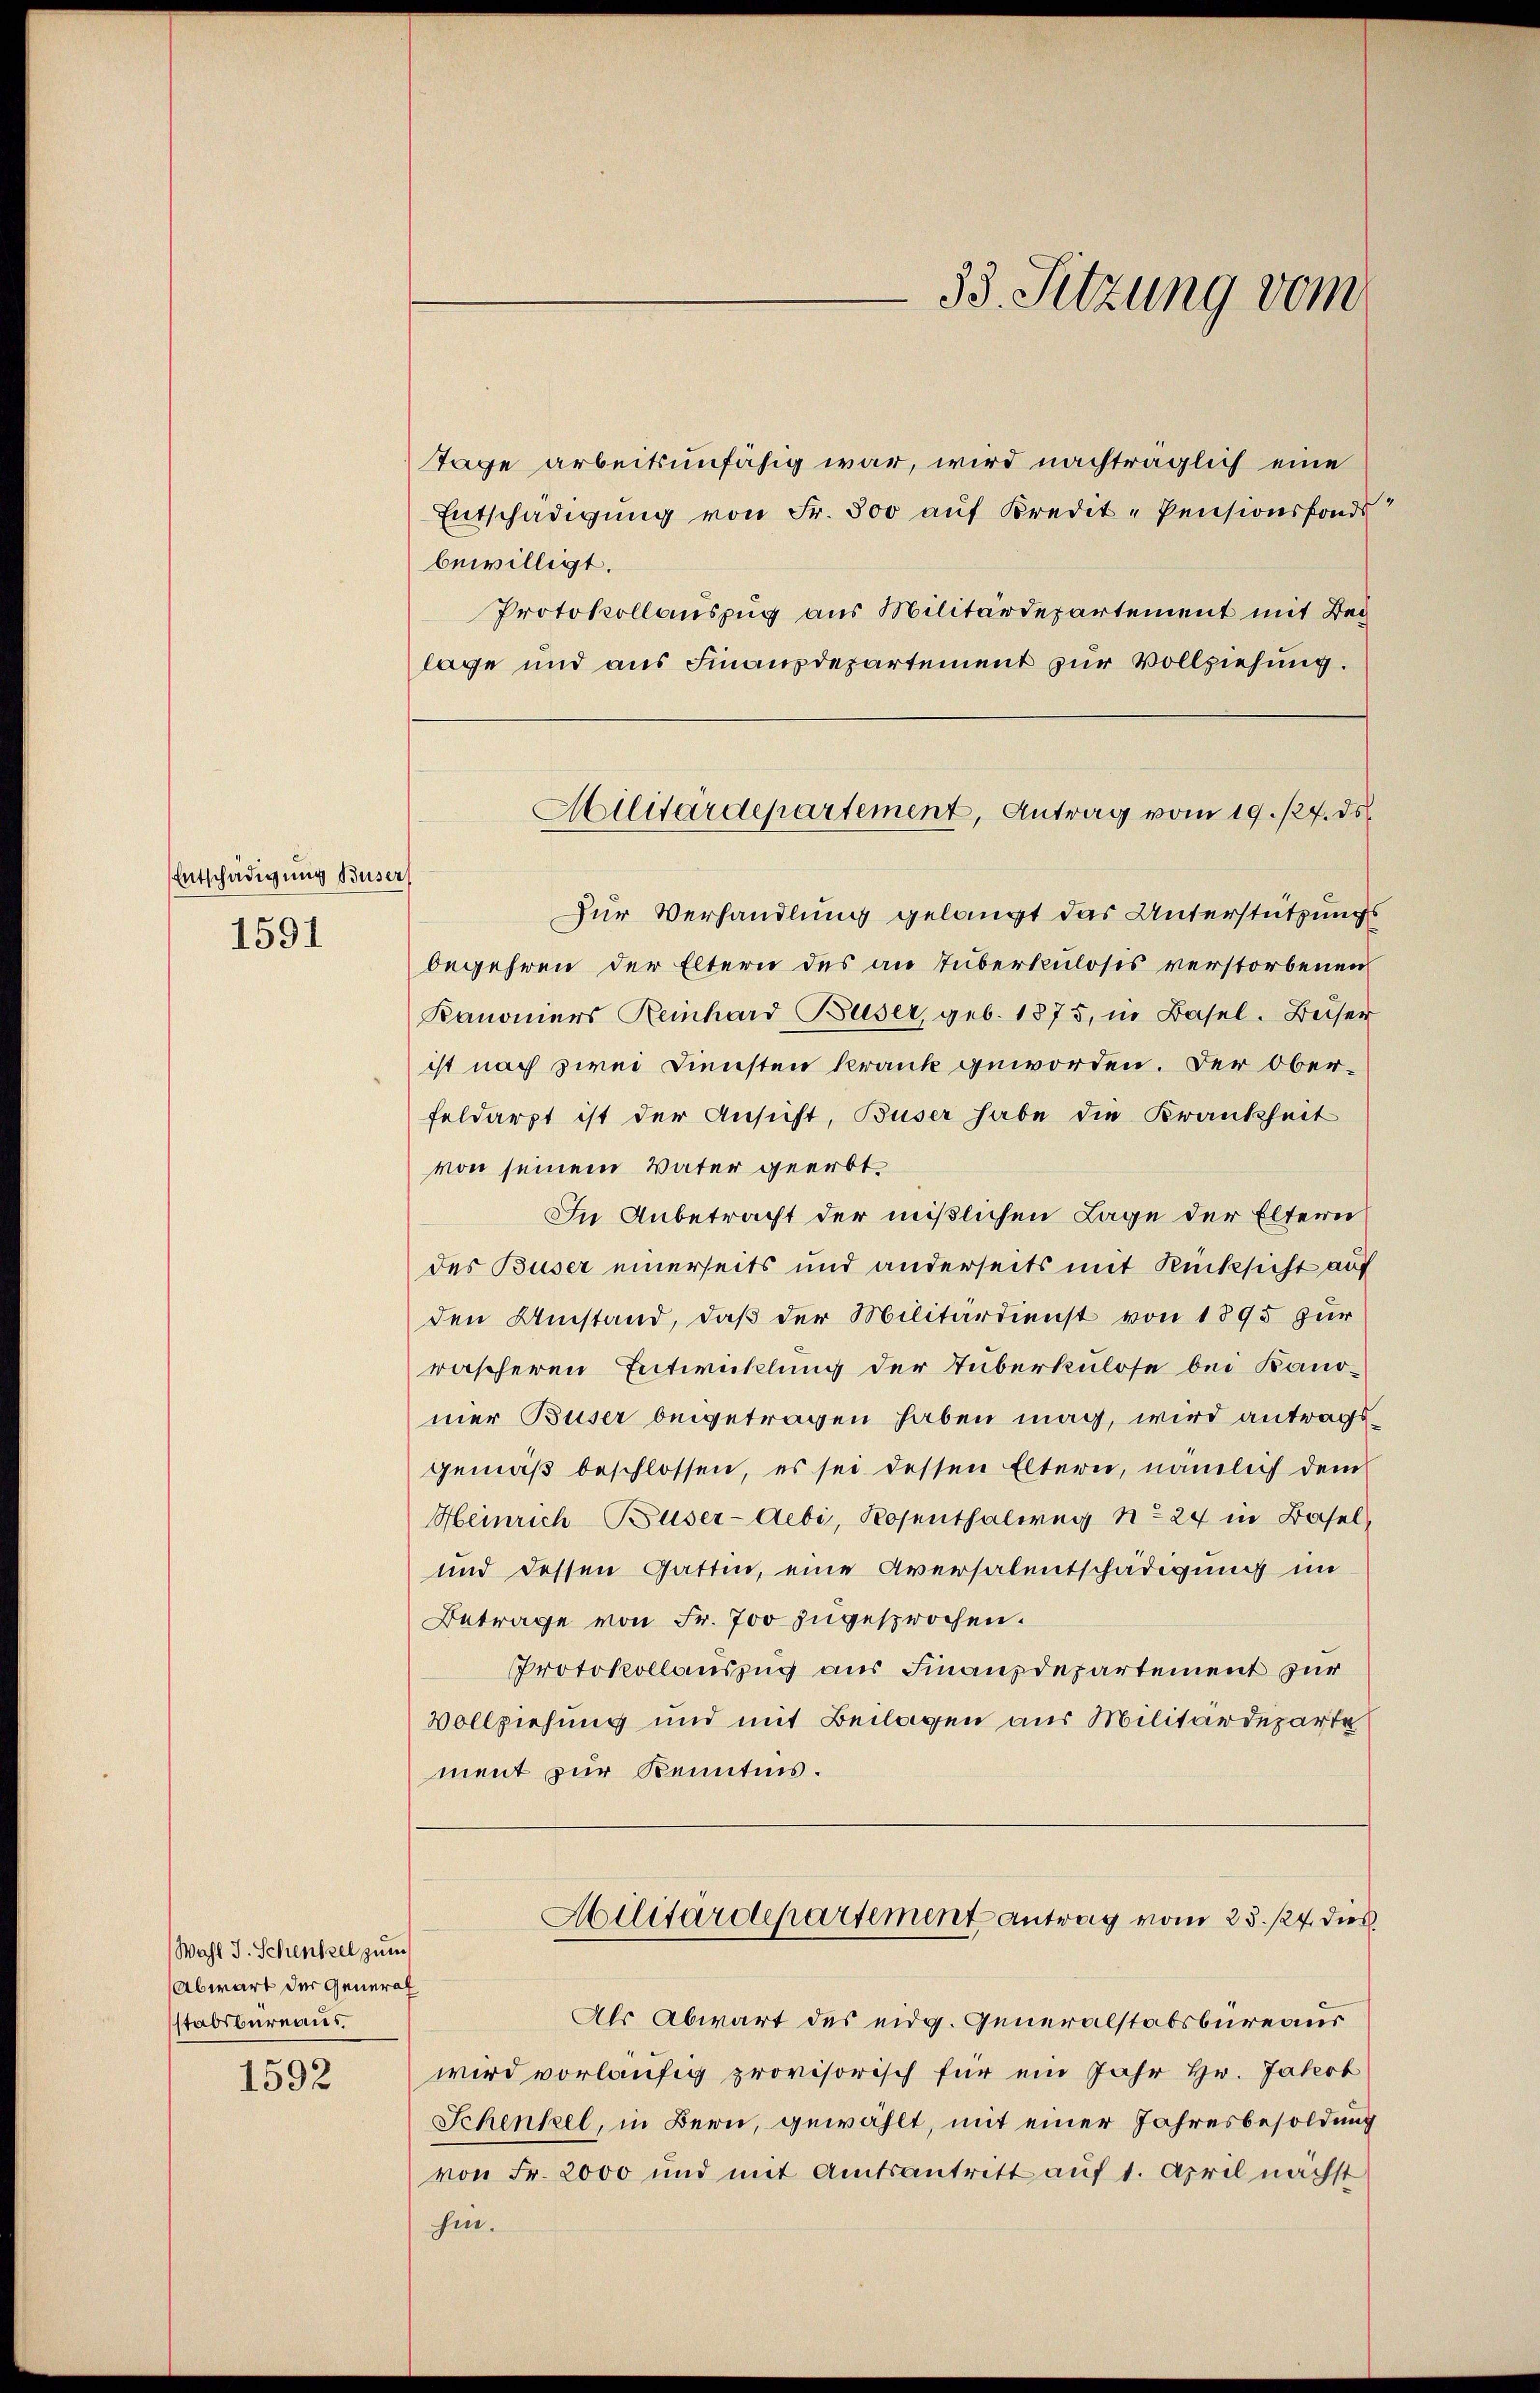
Entschädigung Buser

1591

1592

Tage arbeitsunfähig war, wird nachträglich eine
Entschädigung von Fr. 300 auf Kredit-Pensionsfonds
bewilligt.
Protokollauszug aus Militärdepartement mit Beg
lage und aus Finanzdepartement zur Vollziehung.

Wahl J. Schenkel zum
Abwart der General
stabsbereines

33. Sitzung vom

Zur Verhandlung gelangt das Unterstützungs
begehren der Eltern des an Tuberkuloses verstorbenen
Kanoniers Reinhard-Buser, geb. 1875, in Basel. Beiser
ist nach zwei Diensten krank geworden. Der Ober-
feldarzt ist der Ansicht, Buser habe die Krankheit
von seinem Vater geerbt
In Anbetracht der mißlichen Lage der Eltern
des Buser einerseits und anderseits mit Rücksicht auf
den Umstand, daß der Militärdienst von 1895 zur
wäscheren Entwicklung der Tuberkulose bei Kanomer Buser beigetragen haben mag, wird antragsgemäβ beschlossen, es sei dessen Elterei, nämlich dem
Heinrich Buser-Aebi, Rosenthalweg No 24 in Basel
und dessen Gattin, eine Aversalentschädigung im
Betrage von Fr. 700 zugesprochen.
Protokollauszug aus Finanzdepartement zur
Vollziehung und mit Beilagen aus Militärdeparte
ment zur Kenntnis.

Militärdepartement, Antrag vom 19. 127. ds.

Militärdepartement antrag vom 25. 124. dies

Als Abwart des eidg. Generalstabsbureaus
wird vorläufig provisorisch für ein Jahr Hr. Jakob
Schenkel, in Bern, gewählt, mit einer Jahresbesoldung
von Fr. 2000 und mit Amtsantritt auf 1. April nächst
hin.